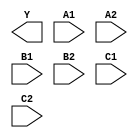
module sky130_fd_sc_ls__a222oi (
    Y ,
    A1,
    A2,
    B1,
    B2,
    C1,
    C2
);

    output Y ;
    input  A1;
    input  A2;
    input  B1;
    input  B2;
    input  C1;
    input  C2;

    // Voltage supply signals
    supply1 VPWR;
    supply0 VGND;
    supply1 VPB ;
    supply0 VNB ;

endmodule